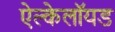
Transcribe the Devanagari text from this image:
ऐल्केलॉयड